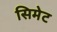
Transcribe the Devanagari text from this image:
सिमेट